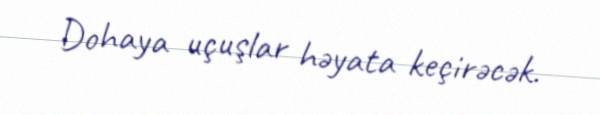
Dohaya uçuşlar həyata keçirəcək.